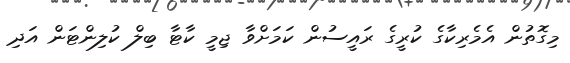
މިގޮތުން އެމެރިކާގެ ކުރީގެ ރައީސުން ކަމަށްވާ ޖިމީ ކާޓާ ބިލް ކުލިންޓަން އަދި